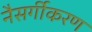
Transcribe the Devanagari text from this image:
नैसर्गीकरण